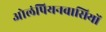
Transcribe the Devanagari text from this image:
ओलंपियनवासियों